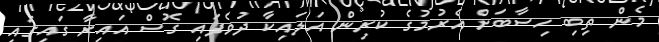
މެން ތިބި ހިސާބަށް އެރުމުގެ ކުރިން އަލައިކާ ދުވެފައި ގޮސް އައިރާ ގައިގައި